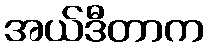
အယ်ဒီတာက